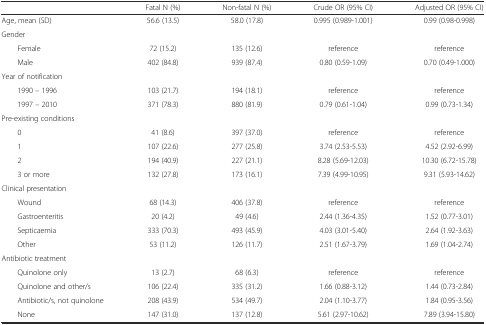
<table><thead><tr><td></td><td><b>Fatal N (%)</b></td><td><b>Non-fatal N (%)</b></td><td><b>Crude OR (95% CI)</b></td><td><b>Adjusted OR (95% CI)</b></td></tr></thead><tbody><tr><td>Age, mean (SD)</td><td>56.6 (13.5)</td><td>58.0 (17.8)</td><td>0.995 (0.989-1.001)</td><td>0.99 (0.98-0.998)</td></tr><tr><td>Gender</td><td></td><td></td><td></td><td></td></tr><tr><td>Female</td><td>72 (15.2)</td><td>135 (12.6)</td><td>reference</td><td>reference</td></tr><tr><td>Male</td><td>402 (84.8)</td><td>939 (87.4)</td><td>0.80 (0.59-1.09)</td><td>0.70 (0.49-1.000)</td></tr><tr><td>Year of notification</td><td></td><td></td><td></td><td></td></tr><tr><td>1990 – 1996</td><td>103 (21.7)</td><td>194 (18.1)</td><td>reference</td><td>reference</td></tr><tr><td>1997 – 2010</td><td>371 (78.3)</td><td>880 (81.9)</td><td>0.79 (0.61-1.04)</td><td>0.99 (0.73-1.34)</td></tr><tr><td>Pre-existing conditions</td><td></td><td></td><td></td><td></td></tr><tr><td>0</td><td>41 (8.6)</td><td>397 (37.0)</td><td>reference</td><td>reference</td></tr><tr><td>1</td><td>107 (22.6)</td><td>277 (25.8)</td><td>3.74 (2.53-5.53)</td><td>4.52 (2.92-6.99)</td></tr><tr><td>2</td><td>194 (40.9)</td><td>227 (21.1)</td><td>8.28 (5.69-12.03)</td><td>10.30 (6.72-15.78)</td></tr><tr><td>3 or more</td><td>132 (27.8)</td><td>173 (16.1)</td><td>7.39 (4.99-10.95)</td><td>9.31 (5.93-14.62)</td></tr><tr><td>Clinical presentation</td><td></td><td></td><td></td><td></td></tr><tr><td>Wound</td><td>68 (14.3)</td><td>406 (37.8)</td><td>reference</td><td>reference</td></tr><tr><td>Gastroenteritis</td><td>20 (4.2)</td><td>49 (4.6)</td><td>2.44 (1.36-4.35)</td><td>1.52 (0.77-3.01)</td></tr><tr><td>Septicaemia</td><td>333 (70.3)</td><td>493 (45.9)</td><td>4.03 (3.01-5.40)</td><td>2.64 (1.92-3.63)</td></tr><tr><td>Other</td><td>53 (11.2)</td><td>126 (11.7)</td><td>2.51 (1.67-3.79)</td><td>1.69 (1.04-2.74)</td></tr><tr><td>Antibiotic treatment</td><td></td><td></td><td></td><td></td></tr><tr><td>Quinolone only</td><td>13 (2.7)</td><td>68 (6.3)</td><td>reference</td><td>reference</td></tr><tr><td>Quinolone and other/s</td><td>106 (22.4)</td><td>335 (31.2)</td><td>1.66 (0.88-3.12)</td><td>1.44 (0.73-2.84)</td></tr><tr><td>Antibiotic/s, not quinolone</td><td>208 (43.9)</td><td>534 (49.7)</td><td>2.04 (1.10-3.77)</td><td>1.84 (0.95-3.56)</td></tr><tr><td>None</td><td>147 (31.0)</td><td>137 (12.8)</td><td>5.61 (2.97-10.62)</td><td>7.89 (3.94-15.80)</td></tr></tbody></table>